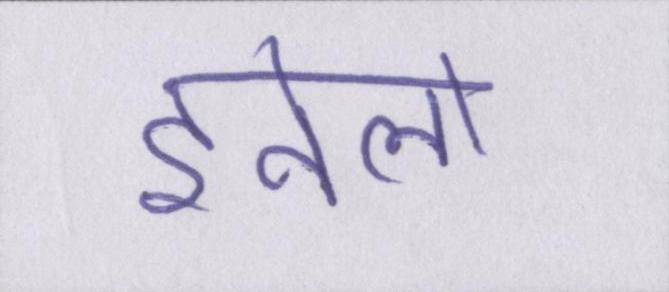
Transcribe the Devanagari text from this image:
इनेलो